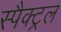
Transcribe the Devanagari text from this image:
स्पैक्ट्रल